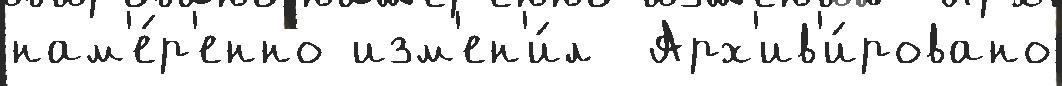
нам'е́р'енно изм'ен'и́л  Арх'ив'и́ровано